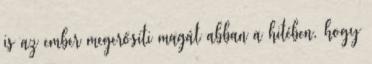
is az ember megerősíti magát abban a hitében, hogy